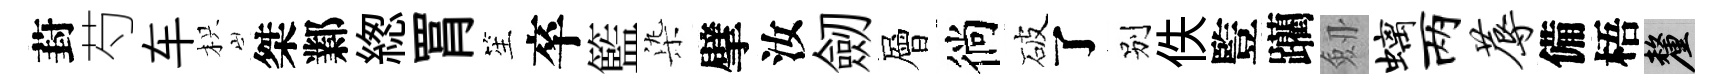
葑芍车枳桀鄴緫罥笙卒籃𣑱擘汝劒層徜破了别佚䜿躪劔螭两蓐備梧厘